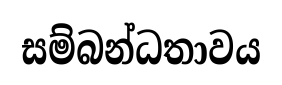
සම්බන්ධතාවය